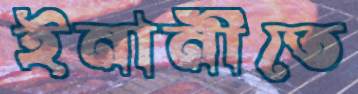
ইনানীতে